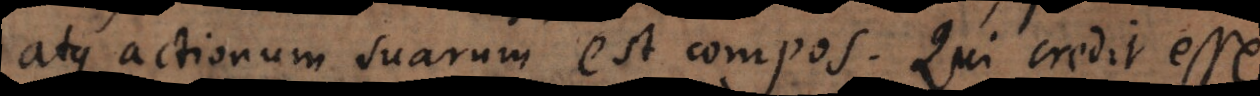
atque actionum suarum est compos. Qui credit esse